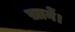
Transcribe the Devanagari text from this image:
ख़ानें।